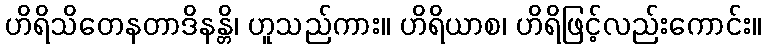
ဟိရိသိတေနတာဒိနန္တိ၊ ဟူသည်ကား။ ဟိရိယာစ၊ ဟိရိဖြင့်လည်းကောင်း။